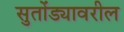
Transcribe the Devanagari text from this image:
सुतोंड्यावरील